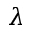
\lambda